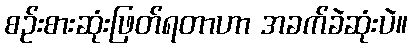
စဉ်းစားဆုံးဖြတ်ရတာဟာ အခက်ခဲဆုံးပဲ။